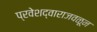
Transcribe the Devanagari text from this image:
प्रवेशद्वाराजवळून